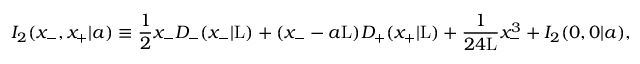
I _ { 2 } ( x _ { - } , x _ { + } | a ) \equiv \frac { 1 } { 2 } x _ { - } D _ { - } ( x _ { - } | \mathrm { L } ) + ( x _ { - } - a \mathrm { L } ) D _ { + } ( x _ { + } | \mathrm { L } ) + \frac { 1 } { 2 4 \mathrm { L } } x _ { - } ^ { 3 } + I _ { 2 } ( 0 , 0 | a ) ,